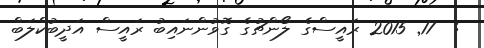
:  17